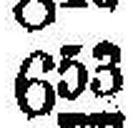
653